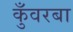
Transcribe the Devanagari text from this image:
कुँवरबा